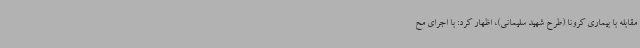
مقابله با بیماری کرونا (طرح شهید سلیمانی)، اظهار کرد: با اجرای مح